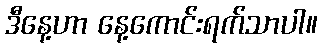
ဒီနေ့ဟာ နေ့ကောင်းရက်သာပါ။